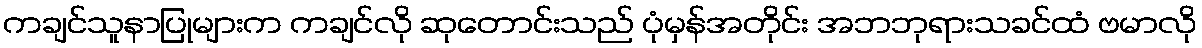
ကချင်သူနာပြုများက ကချင်လို ဆုတောင်းသည် ပုံမှန်အတိုင်း အဘဘုရားသခင်ထံ ဗမာလို